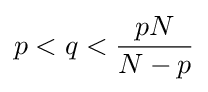
p<q<{\frac {pN}{N-p}}